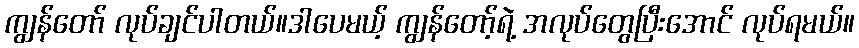
ကျွန်တော် လုပ်ချင်ပါတယ်။ဒါပေမယ့် ကျွန်တော့်ရဲ့ အလုပ်တွေပြီးအောင် လုပ်ရမယ်။